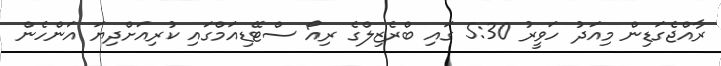
ރާއްޖެގަޑިން މިއަދު ހަވީރު 5:30 ގައި ބްރެޒިލްގެ ރިއޯ ސްޓޭޑިއަމްގައި ކުރިއަށްދިޔަ އަންހެން